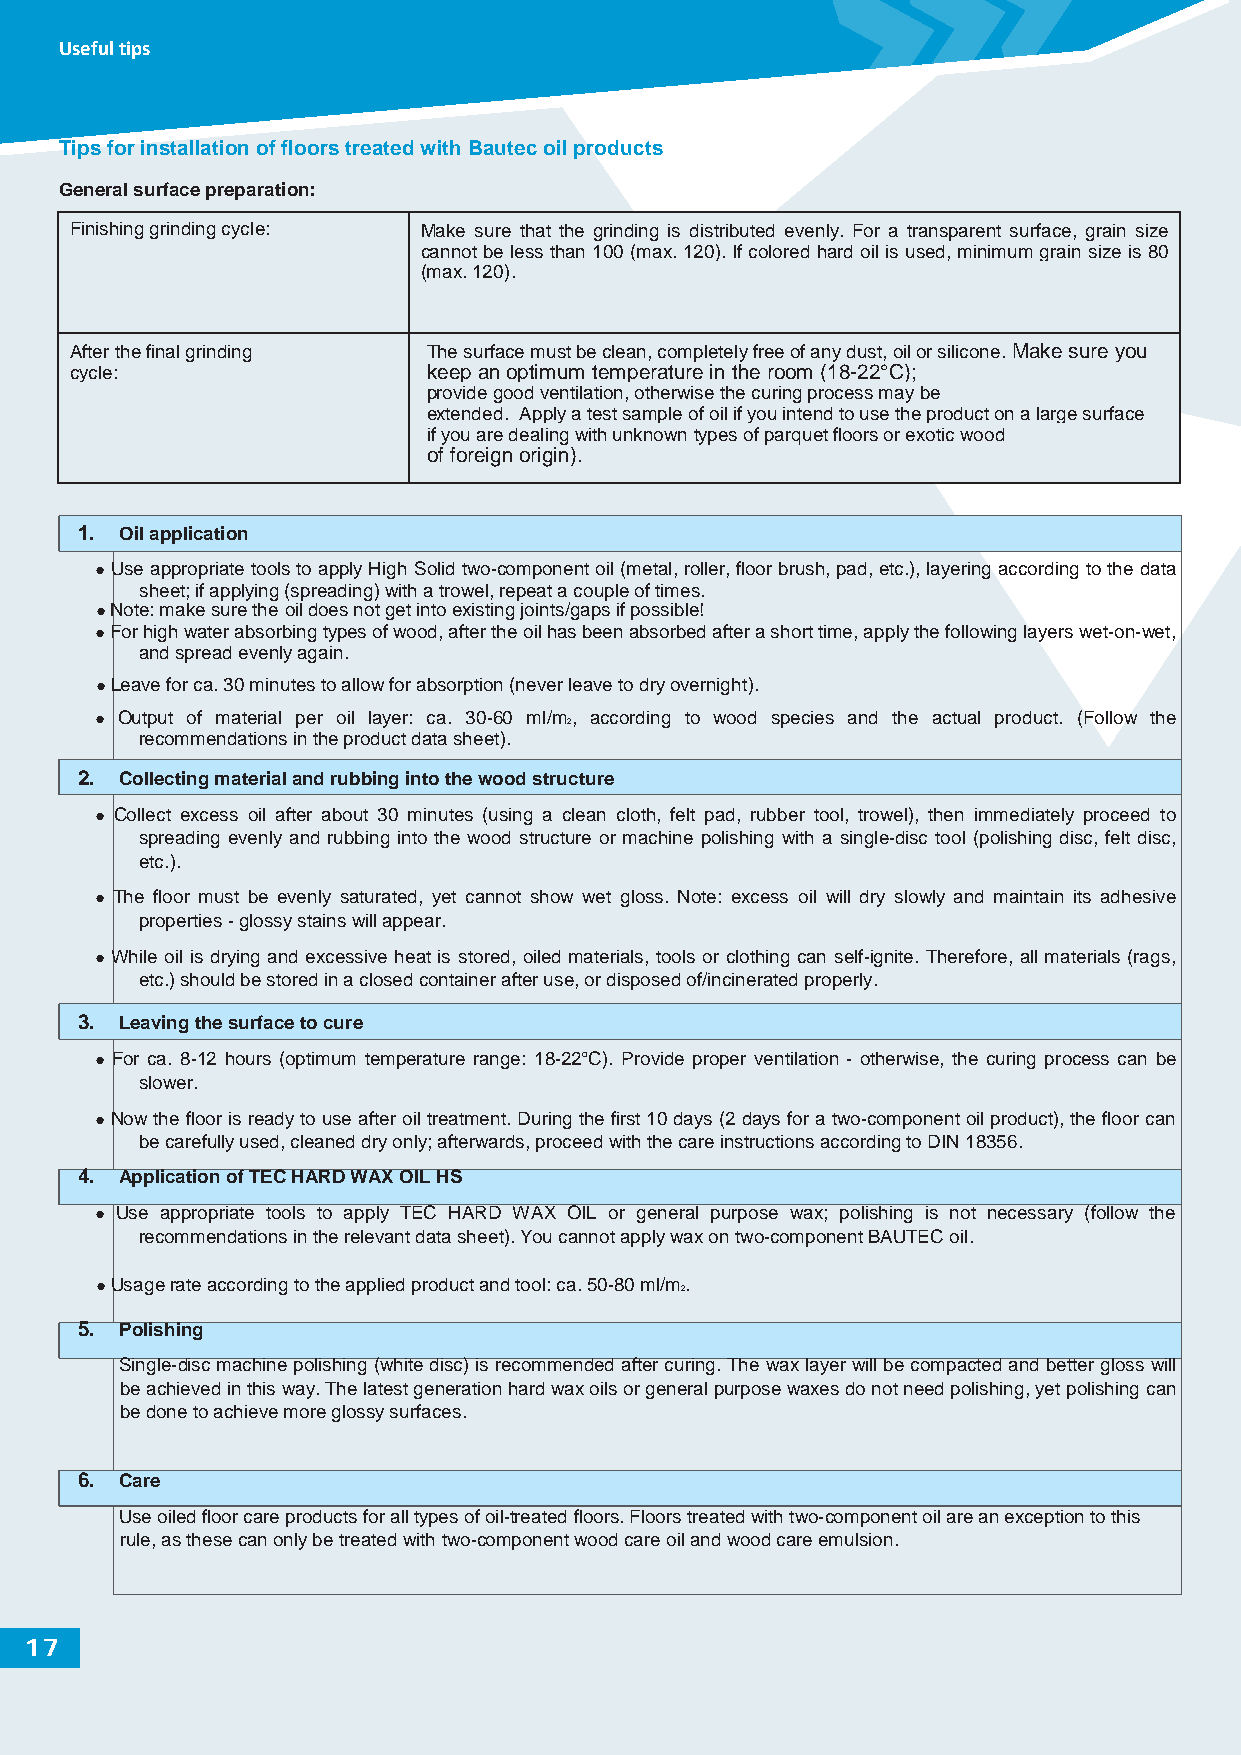
Useful tips
 Tips for installation of floors treated with Bautec oil products
 General surface preparation:
 Finishing grinding cycle: Make sure that the grinding is distributed evenly. For a transparent surface, grain size
 cannot be less than 100 (max. 120). If colored hard oil is used, minimum grain size is 80
 (max. 120).
 After the final grinding The surface must be clean, completely free of any dust, oil or silicone. Make sure you
 cycle:                 keep an optimum temperature in the room (18-22°C);
 provide good ventilation, otherwise the curing process may be
 extended. Apply a test sample of oil if you intend to use the product on a large surface
 if you a re dealing with unknown types of parquet floors or exotic wood
 of foreign origin).
 1. Oil application
 ●Use appropriate tools to apply High Solid two-component oil (metal, roller, floor brush, pad, etc.), layering according to the data
 sheet; if applying (spreading) with a trowel, repeat a couple of times.
 ●Note: make sure the oil does not get into existing joints/gaps if possible!
 ●For high water absorbing types of wood, after the oil has been absorbed after a short time, apply the following layers wet-on-wet,
 and spread evenly again.
 ●Leave for ca. 30 minutes to allow for absorption (never leave to dry overnight).
 ● Output of material per oil layer: ca. 30-60 ml/m 2, according to wood species and the actual product. (Follow the
 recommendations in the product data sheet).
 2. Collecting material and rubbing into the wood structure
 ● Collect excess oil after about 30 minutes (using a clean cloth, felt pad, rubber tool, trowel), then immediately proceed to
 spreading evenly and rubbing into the wood structure or machine polishing with a single-disc tool (polishing disc, felt disc,
 etc.).
 ● The floor must be evenly saturated, yet cannot show wet gloss. Note: excess oil will dry slowly and maintain its adhesive
 properties - glossy stains will appear.
 ●While oil is drying and excessive heat is stored, oiled materials, tools or clothing can self-ignite. Therefore, all materials (rags,
 etc.) should be stored in a closed container after use, or disposed of/incinerated properly.
 3. Leaving the surface to cure
 ● For ca. 8-12 hours (optimum temperature range: 18-22°C). Provide proper ventilation - otherwise, the curing process can be
 slower.
 ●Now the floor is ready to use after oil treatment. During the first 10 days (2 days for a two-component oil product), the floor can
 be carefully used, cleaned dry only; afterwards, proceed with the care instructions according to DIN 18356.
 4. Application of TEC HARD WAX OIL HS
 ● Use appropriate tools to apply TEC HARD WAX OIL or general purpose wax; polishing is not necessary (follow the
 recommendations in the relevant data sheet). You cannot apply wax on two-component BAUTEC oil.
 ●Usage rate according to the applied product and tool: ca. 50-80 ml/m 2.
 5. Polishing
 Single-disc machine polishing (white disc) is recommended after curing. The wax layer will be compacted and better gloss will
 be achieved in this way. The latest generation hard wax oils or general purpose waxes do not need polishing, yet polishing can
 be done to achieve more glossy surfaces.
 6. Care
 Use oiled floor care products for all types of oil-treated floors. Floors treated with two-component oil are an exception to this
 rule, as these can only be treated with two-component wood care oil and wood care emulsion.
 17